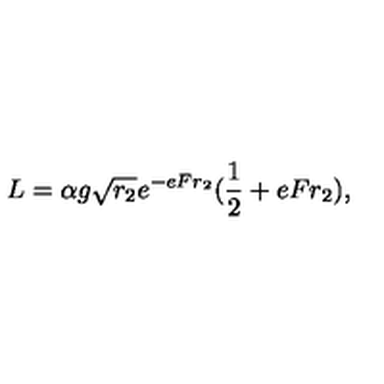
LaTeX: L = \alpha g \sqrt { r _ { 2 } } e ^ { - e F r _ { 2 } } ( { \frac { 1 } { 2 } } + e F r _ { 2 } ) ,